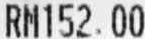
RM152.00